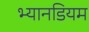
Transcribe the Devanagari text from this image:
भ्यानडियम